Insane asylums in Bengal annual reports 1867-1875 - 1867-1875
Year: 1867
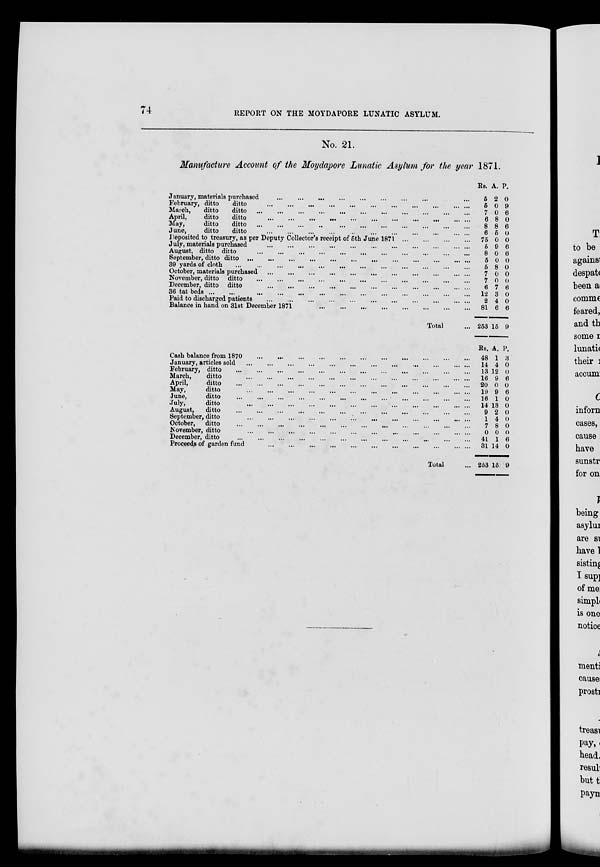
74
REPORT ON THE MOYDAPORE LUNATIC ASYLUM.
No. 21.
Manufacture Account of the Moydapore Lunatic Asylum for the year 1871.
January, materials purchased
...
...
...
...
...
...
...
...
...
February, ditto
ditto
...
...
...
...
...
...
...
...
...
...
...
March,
ditto
ditto ... ... ... ... ... ... ... ... ... ... ...
April,
ditto
ditto
...
...
...
...
...
...
...
...
...
...
...
May,
ditto
ditto ... ... ... ... ... ... ... ... ... ... ...
June,
ditto
ditto
...
...
...
...
...
...
...
...
...
...
...
Deposited to treasury, as per Deputy Collector's receipt of 5th June 1871
...
...
...
...
July, materials purchased
...
...
...
...
...
...
...
...
...
...
...
August, ditto ditto ... ... ... ... ... ... ... ... ... ... ...
September, ditto ditto
...
...
...
...
...
...
...
...
...
...
...
...
39 yards of cloth ... ... ... ... ... ... ... ... ... ... ... ...
October, materials purchased
...
...
...
...
...
...
...
...
...
...
...
November, ditto ditto
...
...
...
...
...
...
...
...
...
...
...
December, ditto ditto
...
...
...
...
...
...
...
...
...
...
...
36 tat beds
...
...
...
...
...
...
...
...
...
...
...
...
...
Paid to discharged patients
...
...
...
...
...
...
...
...
...
...
...
Balance in hand on 31st December 1871
...
...
...
...
...
...
...
...
Total ...
Cash balance from 1870
...
...
...
...
...
......
...
...
...
...
...
January, articles sold
...
...
...
...
...
...
...
...
...
...
...
...
February, ditto
...
...
...
...
...
...
...
...
...
...
...
...
March,
ditto
...
...
...
...
...
...
...
...
...
...
...
...
April,
ditto ... ... ... ... ... ... ... ... ... ... ... ...
May,
ditto
...
...
...
...
...
...
...
...
...
...
...
...
June,
ditto
...
...
...
...
...
...
...
...
...
...
...
...
July,
ditto
...
...
...
...
...
...
...
...
...
...
...
...
August,
ditto
...
...
...
...
...
...
...
...
...
...
...
...
September, ditto
...
...
...
...
...
...
...
...
...
...
...
...
October, ditto
...
...
...
...
...
...
...
...
...
...
...
...
November, ditto
...
...
...
...
...
...
...
...
...
...
...
...
December, ditto
...
...
...
...
...
...
...
...
...
...
...
...
Proceeds of garden fund
...
...
...
...
...
...
...
...
...
...
...
...
Total ...
Rs.
5
5
7
6
8
6
75
5
8
5
5
7
7
6
12
2
81
253
Rs.
48
14
13
16
20
19
16
14
9
1
7
0
41
31
253
A.
2
0
0
8
8
5
0
9
0
0
8
0
0
7
3
4
6
15
A.
1
4
12
9
0
9
1
13
2
4
8
0
1
14
15
P.
0
9
6
0
6
0
0
6
6
0
0
0
0
6
0
0
6
9
P.
3
0
0
6
0
6
0
0
0
0
0
0
6
0
9